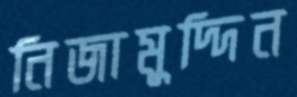
নিজামুদ্দিন